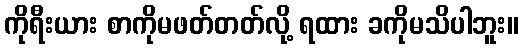
ကိုရီးယား စာကိုမဖတ်တတ်လို့ ရထား ခကိုမသိပါဘူး။